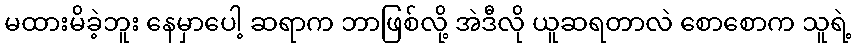
မထားမိခဲ့ဘူး နေမှာပေါ့ ဆရာက ဘာဖြစ်လို့ အဲဒီလို ယူဆရတာလဲ စောစောက သူရဲ့